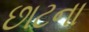
છાટના